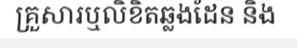
គ្រួសារឬលិខិតឆ្លងដែន និង